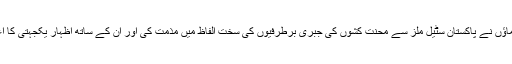
تمام رہنماؤں نے پاکستان سٹیل ملز سے محنت کشوں کی جبری برطرفیوں کی سخت الفاظ میں مذمت کی اور ان کے ساتھ اظہار یکجہتی کا اعلان کیا۔